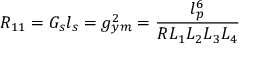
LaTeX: R _ { 1 1 } = G _ { s } l _ { s } = g _ { y m } ^ { 2 } = \frac { l _ { p } ^ { 6 } } { R L _ { 1 } L _ { 2 } L _ { 3 } L _ { 4 } }